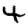
Digit: 4